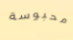
محبوسة